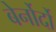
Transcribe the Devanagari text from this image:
बेर्नोर्दो